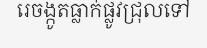
រេចង្កូតធ្លាក់ផ្លូវជ្រុលទៅ